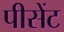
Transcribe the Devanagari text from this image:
पीसेंट